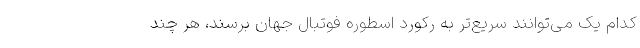
کدام یک می‌توانند سریع‌تر به رکورد اسطوره فوتبال جهان برسند، هر چند